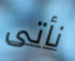
نأتى